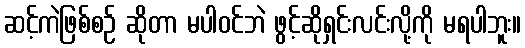
ဆင့်ကဲဖြစ်စဉ် ဆိုတာ မပါဝင်ဘဲ ဖွင့်ဆိုရှင်းလင်းလို့ကို မရပါဘူး။